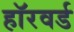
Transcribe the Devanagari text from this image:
हॉरवर्ड